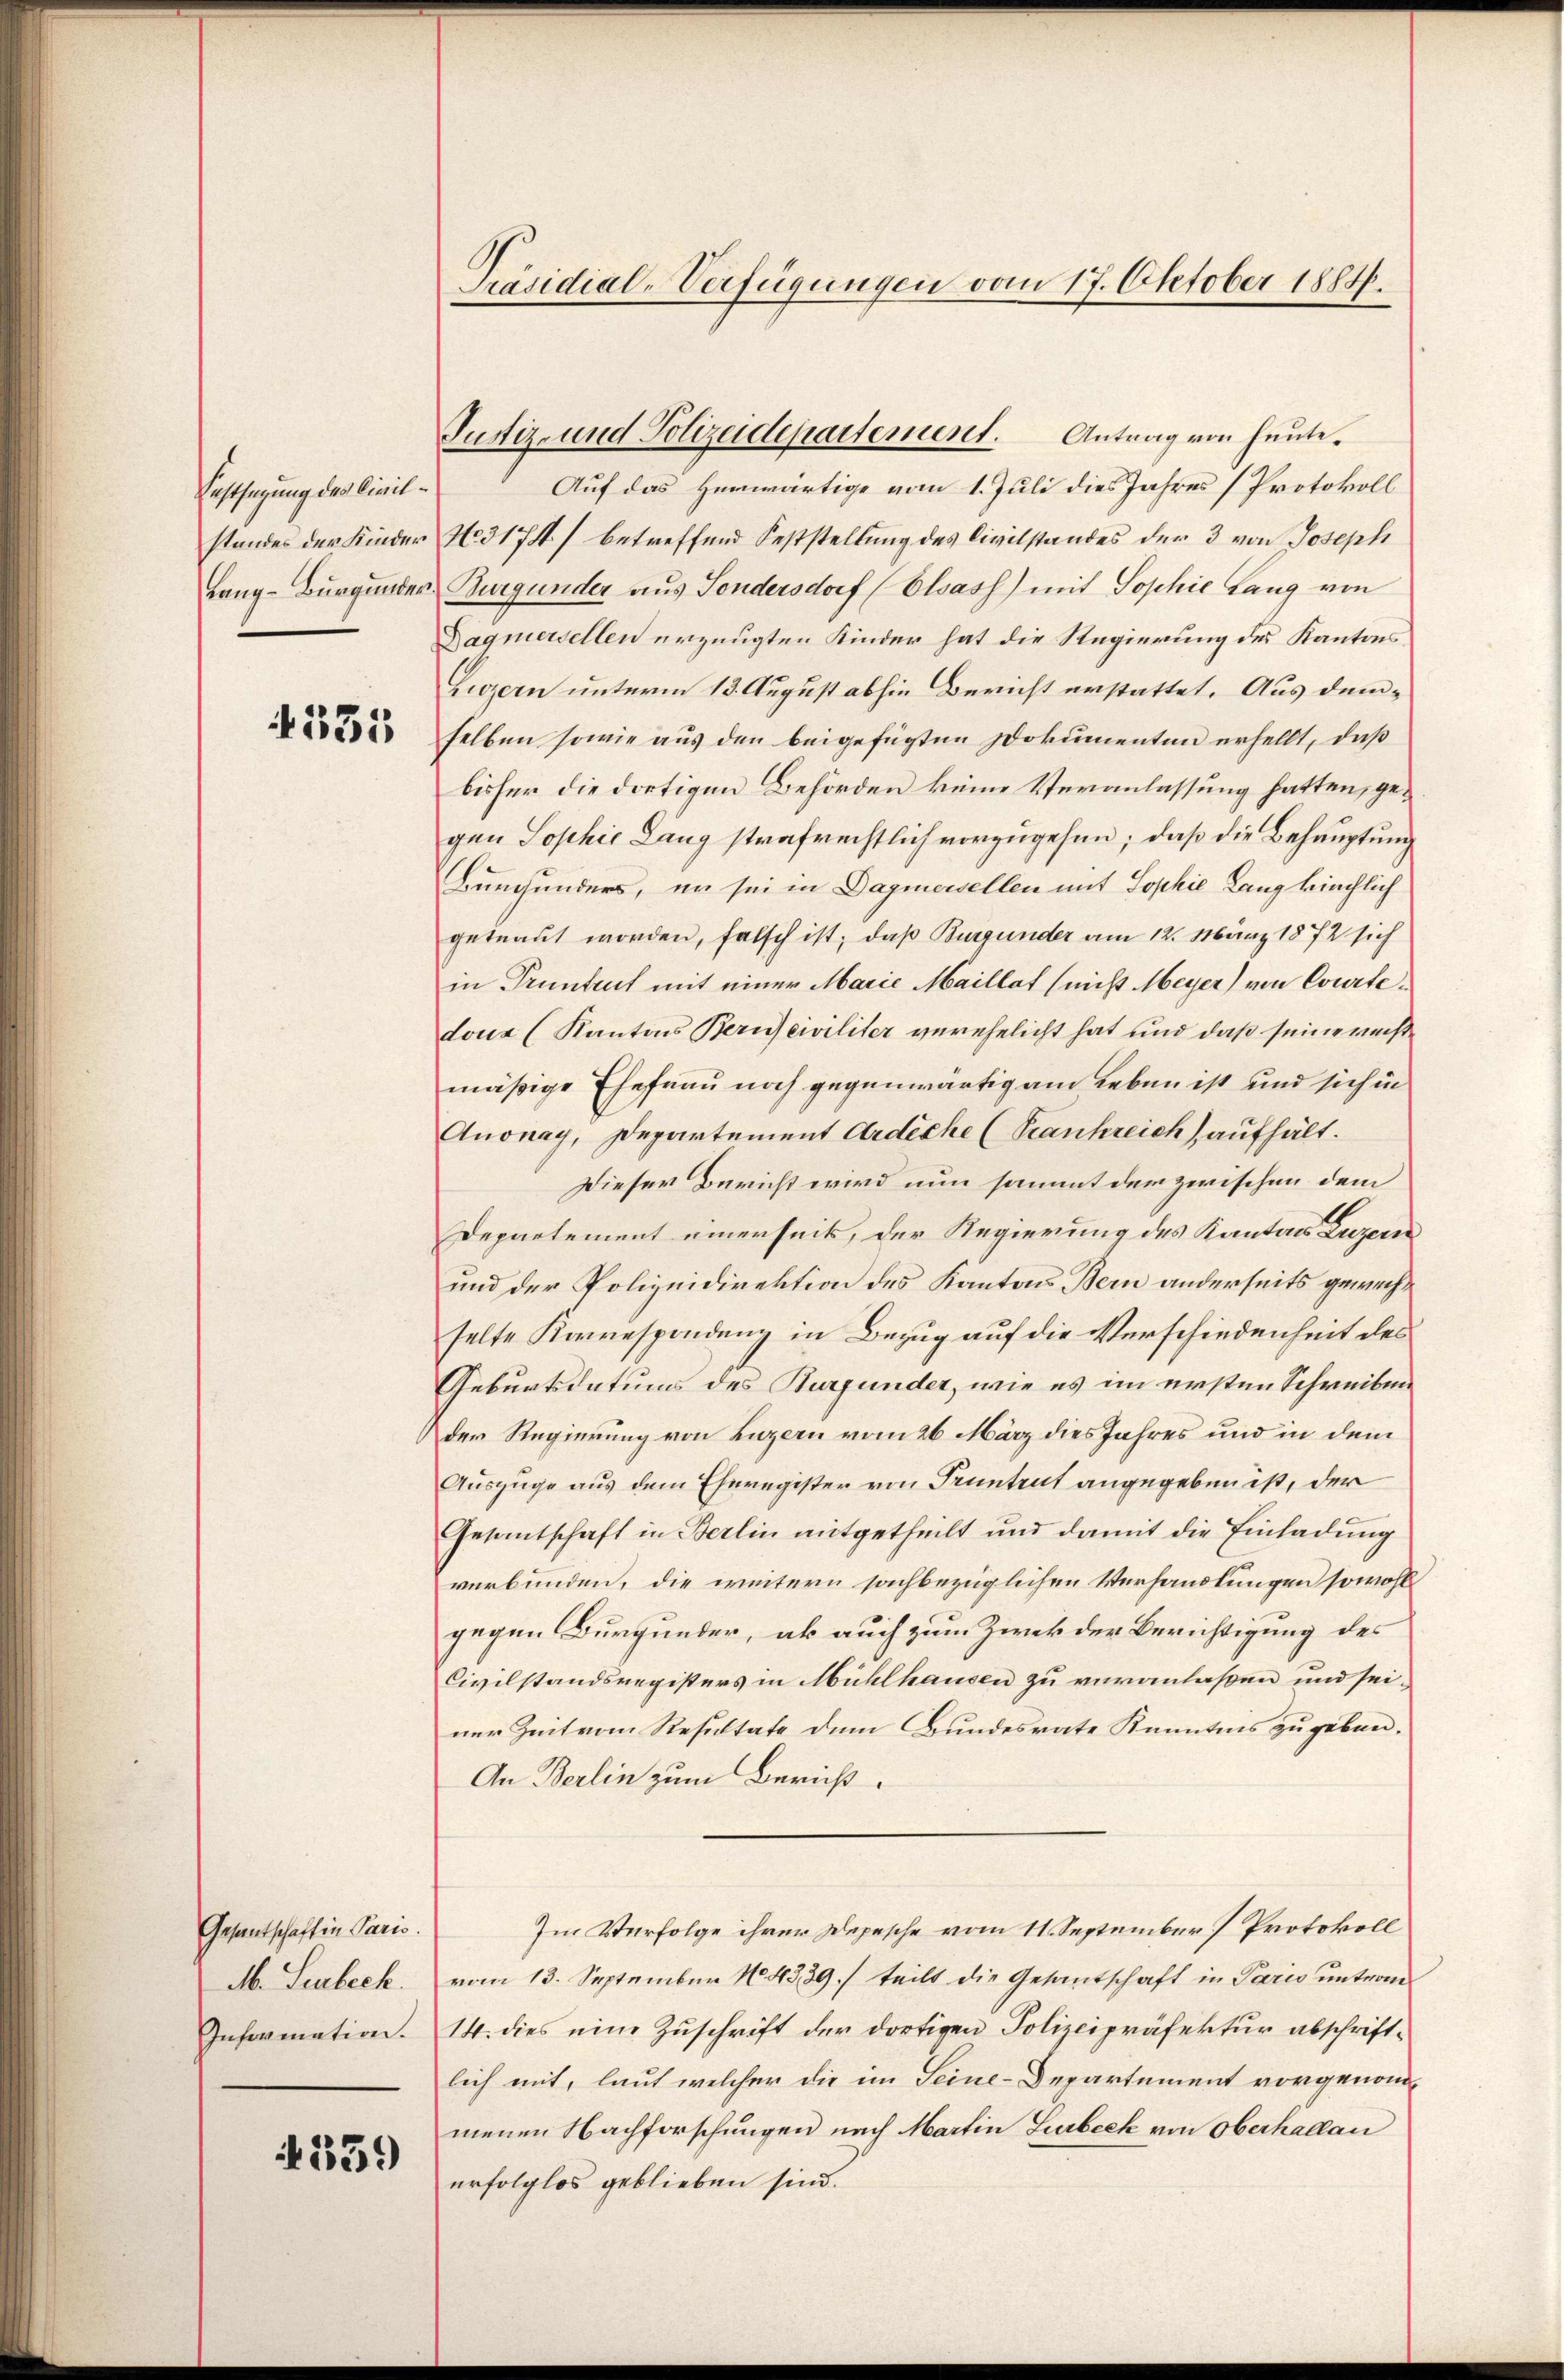
Festsezung des Civil¬

4331

Gesantschaft in Paris.

359

Präsidial-Verfügungen vom 17. Oktober 1884.

Auf das Herwärtige vom 1. Juli dies Jahres (Protokoll
standes der Kinder No 3174) betreffend Feststellung des Civilstandes der 3 von Joseph
Lang-Burgunder Burgunder aus Sondersdorf (Elsass) mit Sophie Lang von
Dagnersellen erzeugten Kinder hat die Regierung des Kantons
Zuzern unterm 13. August abhin Bericht erstattet. Aus demselben sowie aus den beigefügten Dokumenten erhellt, daß
bisher die dortigen Behörden keine Veranlassung hatten, gegen Sophie Lang strafrechtlich vorzugehen; daß die Behauptung
Burhunders, er sei in Dagmersellen mit Sophie Lang kirchlich
getraut worden, falsch ist; daß Burgunder am 12. März 1872 sich
in Truntert mit einer Marie Maillat (nicht Meyer von Courtedous (Kantons Bernsciviliter verehelicht hat und daß seine weise
mäßige Ehefrau noch gegenwärtig am Leben ist und sich in
Auonay, Departement Ardiche (Krankreich aufhält.
Dieser Bericht wird nun sammt der zwischen dem
Departement einerseits, der Regierung des Kanton Luzern
und der Polizeidirektion des Kantons Bern anderseits gewechselte Korrespondung in Bezug auf die Verschiedenheit des
Geburtsdatums des Burgunder, wie es im ersten Schreiben
der Regierung von Luzern vom 26. März dies Jahres und in dem
Auszüge aus dem Eheregister von Pruntrut angegeben ist, der
Gesantschaft in Berlin mitgetheilt und damit die Einladung
verbunden, die weitern sachbezüglichen Verhandlungen sowohl
gegen Burgunder, ab auch zum Zwek der Berichtigung des
Civilstandsregisters in Mühlhausen zu veranlaßen und seiner Zeit vom Resultate dem Bundesrate Kenntnis zugeben.
An Berlin zum Bericht.
Im Verfolge ihrer Depesche vom 11. September] Protokoll
M. Leubeck. vom 13. September No. 4339.) teilt die Gesantschaft in Paris unterm
Information. 14. dies eine Zŭschrift der dortigen Polizeipräfektŭr abschrift-
lich mit, laut welcher die im Seine-Departement vorgenom-
menen Nachforschungen nach Martin Lubeck von Oberhallan
erfolglos geblieben sind.

Justiz- und Polizeidepartement. Antrag von heute.